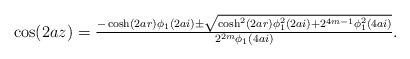
LaTeX: \begin{align*}\cos(2az) & =\tfrac{-\cosh(2ar)\phi_1(2ai) \pm \sqrt{\cosh^2(2ar)\phi_1^2(2ai) + 2^{4m-1}\phi_1^2(4ai)}}{2^{2m}\phi_1(4ai)}.\end{align*}